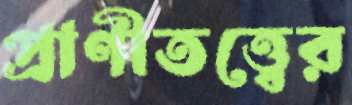
প্রাণীতত্ত্বের